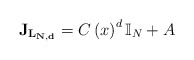
\begin{align*}\mathbf{J_{L_{N,d}}}=C\left( x\right) ^{d}\mathbb{I}_{N}+A\end{align*}